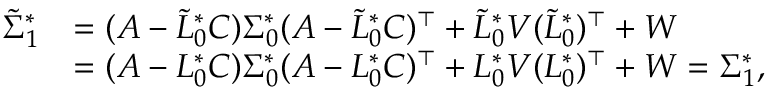
\begin{array} { r l } { \tilde { \Sigma } _ { 1 } ^ { * } } & { = ( A - \tilde { L } _ { 0 } ^ { * } C ) \Sigma _ { 0 } ^ { * } ( A - \tilde { L } _ { 0 } ^ { * } C ) ^ { \top } + \tilde { L } _ { 0 } ^ { * } V ( \tilde { L } _ { 0 } ^ { * } ) ^ { \top } + W } \\ & { = ( A - L _ { 0 } ^ { * } C ) \Sigma _ { 0 } ^ { * } ( A - L _ { 0 } ^ { * } C ) ^ { \top } + L _ { 0 } ^ { * } V ( L _ { 0 } ^ { * } ) ^ { \top } + W = \Sigma _ { 1 } ^ { * } , } \end{array}